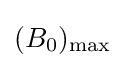
(B_{0})_{\text{max}}